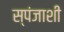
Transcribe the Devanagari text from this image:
स्पंजाशी